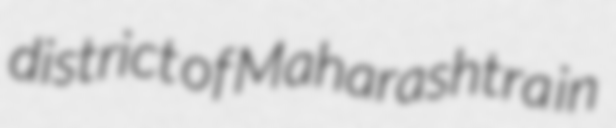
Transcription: district of Maharashtra in